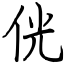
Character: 侊